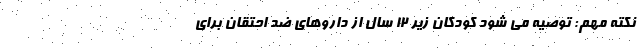
نکته مهم: توصیه می شود کودکان زیر 12 سال از داروهای ضد احتقان برای